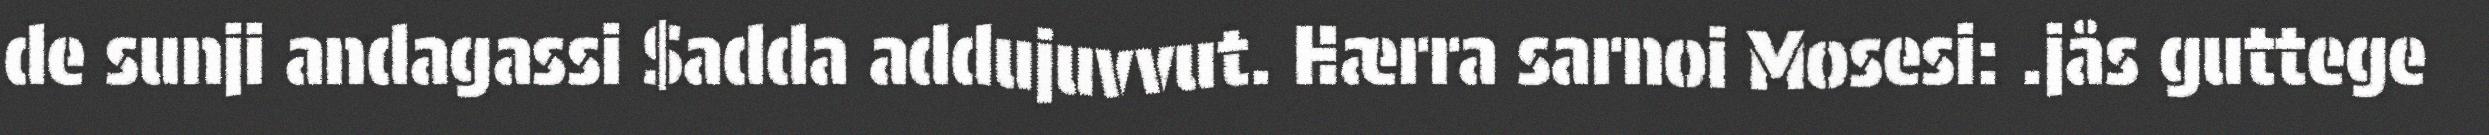
de sunji andagassi $adda addujuvvut. Hærra sarnoi Mosesi: .jås guttege